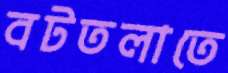
বটতলাতে